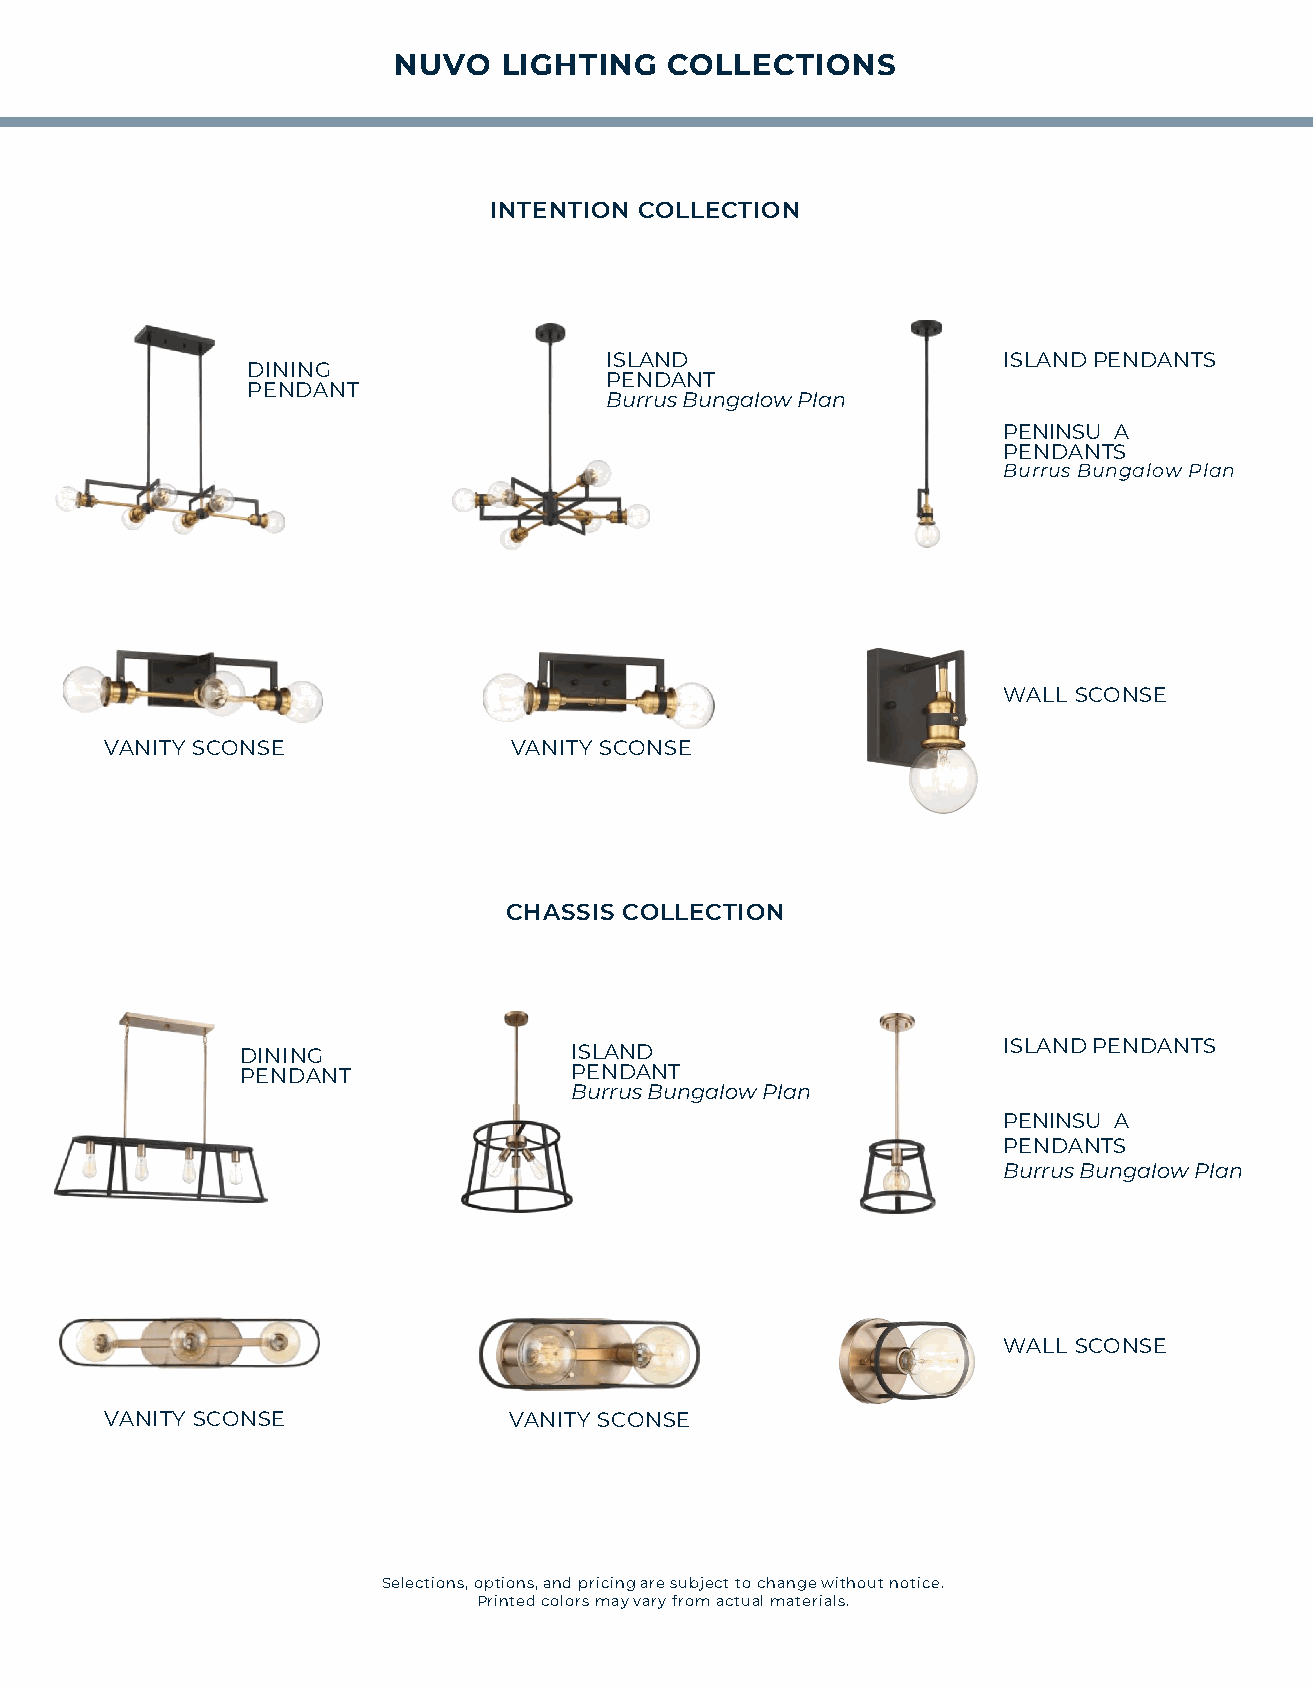
NUVO   LIGHTING   COLLECTIONS
 INTENTION COLLECTION
 ISLAND                    ISLAND PENDANTS
 DINING
 PENDANT
 PENDANT
 Burrus Bungalow Plan
 PENINSULA
 PENDANTS
 Burrus Bungalow Plan
 WALL SCONSE
 VANITY SCONSE              VANITY SCONSE
 CHASSIS COLLECTION
 ISLAND PENDANTS
 DINING                ISLAND
 PENDANT               PENDANT
 Burrus Bungalow Plan
 PENINSULA
 PENDANTS
 Burrus Bungalow Plan
 WALL SCONSE
 VANITY SCONSE              VANITY SCONSE
 Selections, options, and pricing are subject to change without notice.
 Printed colors may vary from actual materials.